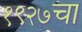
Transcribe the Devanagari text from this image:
१९२७चा